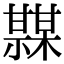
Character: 𤯏